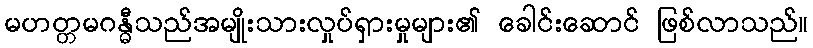
မဟတ္တမဂန္ဓီသည်အမျိုးသားလှုပ်ရှားမှုများ၏ ခေါင်းဆောင် ဖြစ်လာသည်။